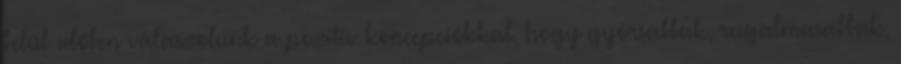
belül időben válaszolunk a pozitív koncepciókkal, hogy gyorsabbak, rugalmasabbak,